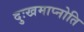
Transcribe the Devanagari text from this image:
दुःखमाप्नोति